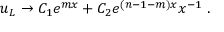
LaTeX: u _ { L } \to C _ { 1 } e ^ { m x } + C _ { 2 } e ^ { ( n - 1 - m ) x } x ^ { - 1 } ~ .